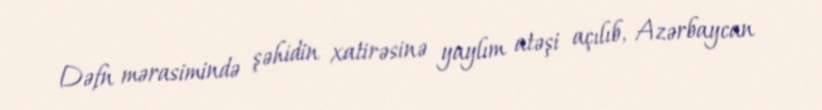
Dəfn mərasimində şəhidin xatirəsinə yaylım atəşi açılıb, Azərbaycan